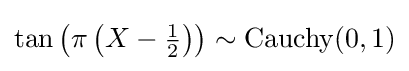
\tan \left(\pi \left(X-{\tfrac {1}{2}}\right)\right)\sim {\textrm {Cauchy}}(0,1)